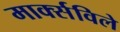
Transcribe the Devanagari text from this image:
मार्क्सविले